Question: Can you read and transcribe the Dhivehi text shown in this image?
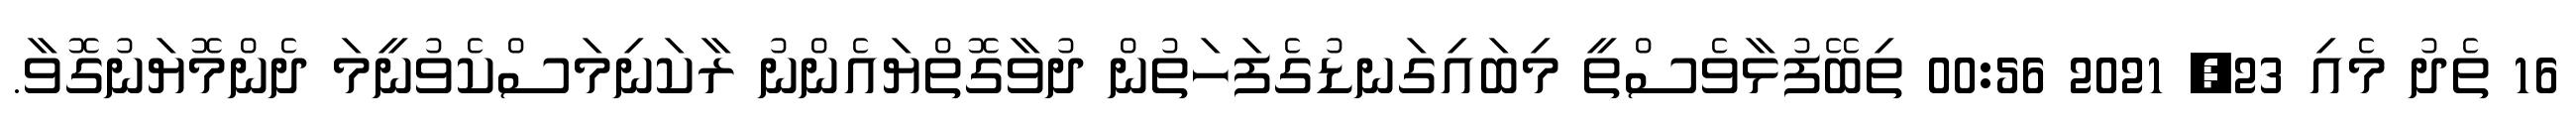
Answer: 16 ތެދު މެއި 23, 2021 00:56 ތިބޭފުޅާވެސްތީ މިބައިގަނޑުގެފަހަތުން ދުވާގޮތްޔައެންނު ރާކަނިމަސްކެވުނީމަ ދެންމޮޔަނުގޮވާ.